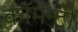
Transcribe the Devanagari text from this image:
कॉमेन्ट्री